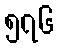
၅၇၆